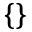
\{ \}